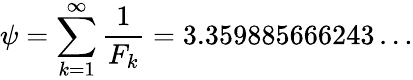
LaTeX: \psi=\sum_{k=1}^{\infty}{\frac{1}{F_{k}}}=3.359885666243\dots